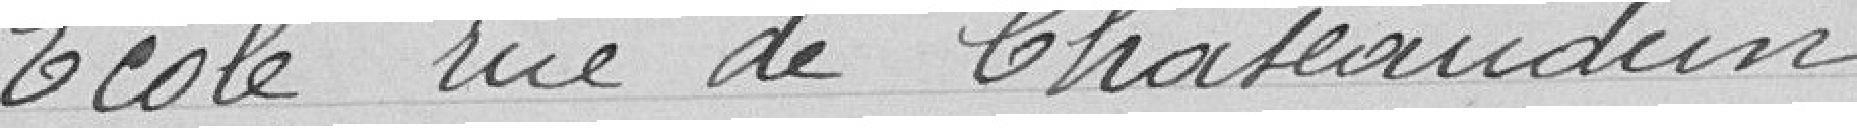
Ecole rue de Chaseaudun